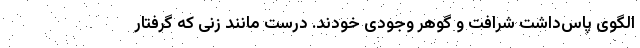
الگوی پاس‌داشت شرافت و گوهر وجودی خودند. درست مانند زنی که گرفتار